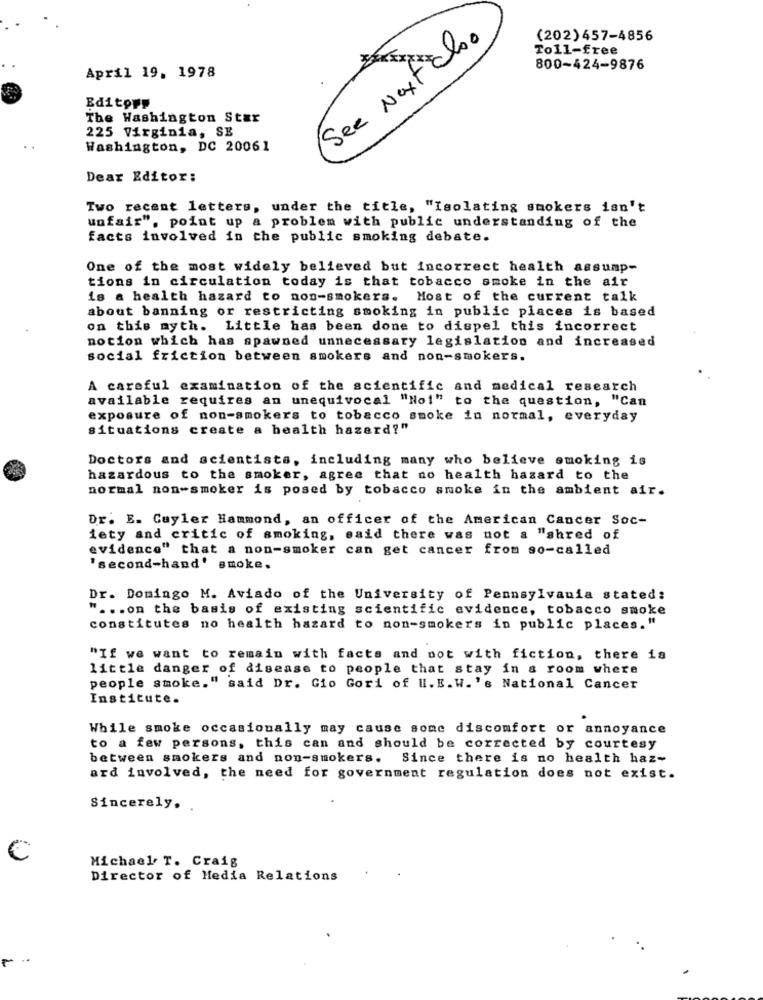
See Next choo
(202) 457-4856
Toll-free
April 19. 1978
800-424-9876
Editopp
The Washington Star
225 Virginia, SE
Washington, DC 20061
Dear Editor:
Two recent letters, under the title, "Isolating smokers isn't
unfair", point up a problem with public understanding of the
facts involved in the public smoking debate.
One of the most widely believed but incorrect health assump-
tions in circulation today is that tobacco smoke in the air
is a health hazard to non-smokers.
Most of the current talk
about banning or restricting smoking in public places is based
on this myth. Little has been done to dispel this incorrect
notion which has spawned unnecessary legislation and increased
social friction between smokers and non-smokers.
A careful examination of the scientific and medical research
available requires an unequivocal "No!" to the question, "Can
exposure of non-smokers to tobacco smoke in normal, everyday
situations create a health hazard?"
Doctors and scientists, including many who believe smoking is
hazardous to the smoker, agree that no health hazard to the
normal non-smoker is posed by tobacco smoke in the ambient air.
Dr. E. Cuyler Hammond, an officer of the American Cancer Soc-
iety and critic of smoking, said there was not a "shred of
evidence" that a non-smoker can get cancer from so-called
'second-hand' smoke.
Dr. Domingo M. Aviado of the University of Pennsylvania stated:
" ... on the basis of existing scientific evidence, tobacco smoke
constitutes no health hazard to non-smokers in public places."
"If we want to remain with facts and not with fiction, there is
little danger of disease to people that stay in a room where
people smoke." said Dr. Gio Gori of II. E. W.'s National Cancer
Institute.
While smoke occasionally may cause some discomfort or annoyance
to a few persons, this can and should be corrected by courtesy
between smokers and non-smokers. Since there is no health haz-
ard involved, the need for government regulation does not exist.
Sincerely.
Michael T. Craig
Director of Media Relations